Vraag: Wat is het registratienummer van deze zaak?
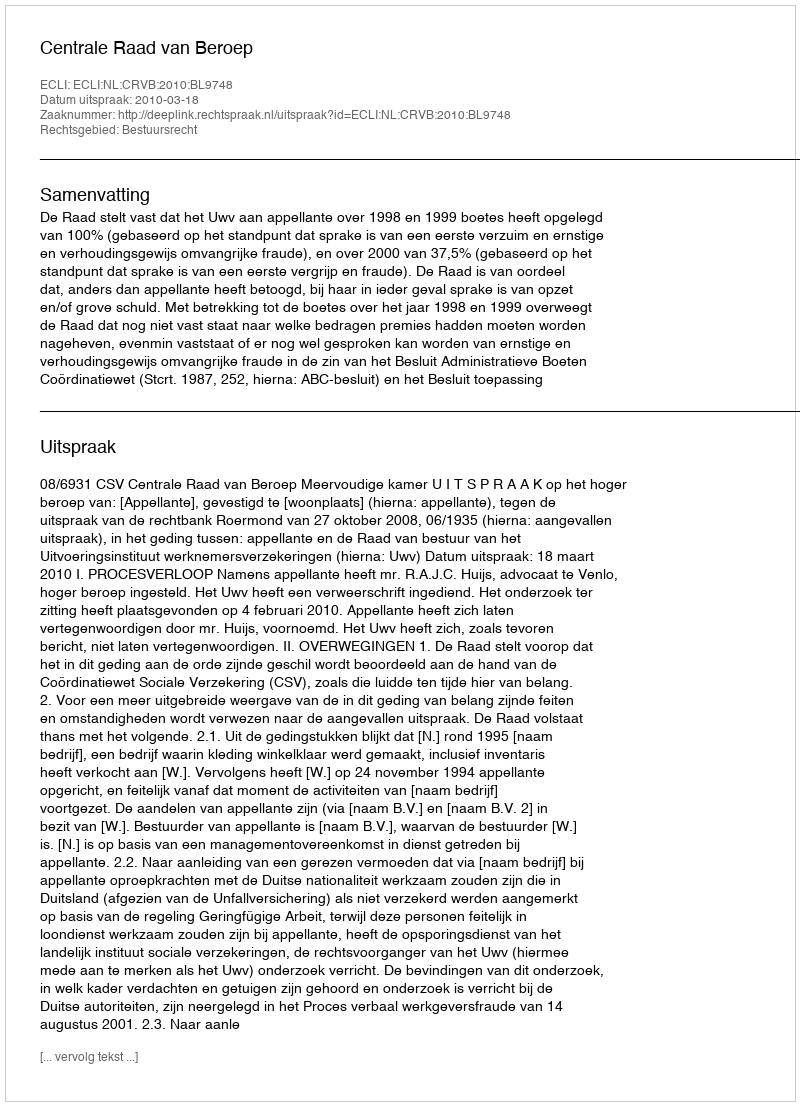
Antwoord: http://deeplink.rechtspraak.nl/uitspraak?id=ECLI:NL:CRVB:2010:BL9748